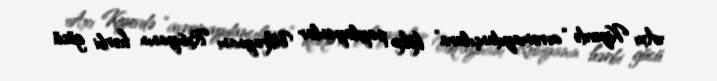
Axı Kiyevdə “avromaydançılara” kökə paylayanlar Ukraynanı Rusiyanın hərbi gücü